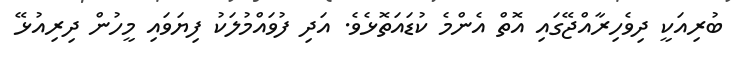
ބުރިއަކީ ދިވެހިރާއްޖޭގައި އޮތް އެންމެ ކުޑައަތޮޅެވެ. އަދި ފުވައްމުލަކު ފިޔަވައި މީހުން ދިރިއުޅޭ